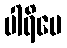
ပါရိမေ